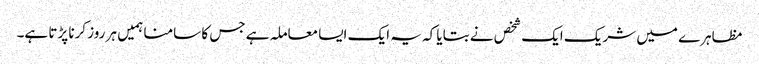
مظاہرے میں شریک ایک شخص نے بتایا کہ یہ ایک ایسا معاملہ ہے جس کا سامنا ہمیں ہر روز کرنا پڑتا ہے۔